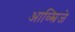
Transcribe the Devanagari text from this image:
आव्स्त्रिजे